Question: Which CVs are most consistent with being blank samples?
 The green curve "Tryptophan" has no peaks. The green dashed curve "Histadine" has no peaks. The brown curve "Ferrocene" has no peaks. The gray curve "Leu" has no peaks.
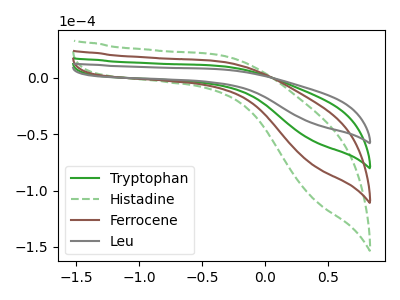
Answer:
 <answer>"Tryptophan", "Histadine", "Ferrocene" and "Leu" are likely to be blanks.</answer>
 <eval>"Tryptophan", "Histadine", "Ferrocene", "Leu"</eval>